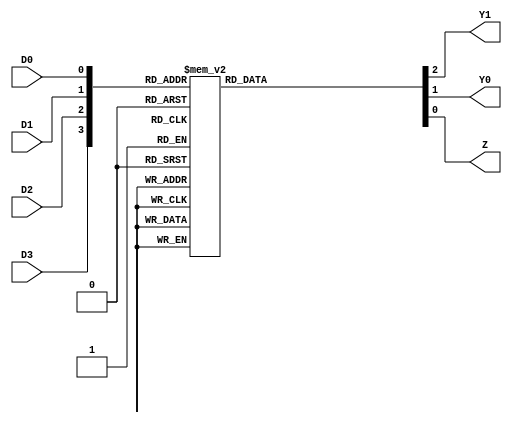
module pcoder(D3,D2,D1,D0,Y1,Y0,Z);

input D3,D2,D1,D0;
output reg Y1,Y0,Z;

always @(*)
	case ({D3,D2,D1,D0})
		4'b0000: {Y1,Y0,Z} = 3'b001;
		4'b0001: {Y1,Y0,Z} = 3'b000;
		4'b0010: {Y1,Y0,Z} = 3'b010;
		4'b0011: {Y1,Y0,Z} = 3'b010;
		4'b0100: {Y1,Y0,Z} = 3'b100;	
		4'b0101: {Y1,Y0,Z} = 3'b100;
		4'b0110: {Y1,Y0,Z} = 3'b100;
		4'b0111: {Y1,Y0,Z} = 3'b100;
		4'b1000: {Y1,Y0,Z} = 3'b110;
		4'b1001: {Y1,Y0,Z} = 3'b110;
		4'b1010: {Y1,Y0,Z} = 3'b110;
		4'b1011: {Y1,Y0,Z} = 3'b110;
		4'b1100: {Y1,Y0,Z} = 3'b110;
		4'b1101: {Y1,Y0,Z} = 3'b110;
		4'b1110: {Y1,Y0,Z} = 3'b110;
		4'b1111: {Y1,Y0,Z} = 3'b110;
	endcase
endmodule